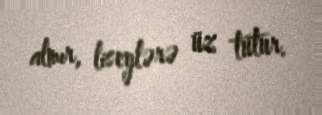
almır, liseylərə üz tutur.